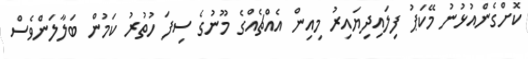
ކޮށްގެންއުޅުނު މޭކަޕު ފިލައިދިޔައިރު މިއިން އެއްޗެއްގެ މޫނުގެ ސިފަ ހުތުރު ކަމުން ބަލާލަންވެސް